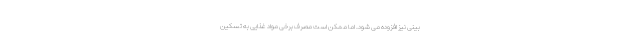
بینی نیز افزوده می شود. اما ممکن است مصرف برخی مواد غذایی به تسکین